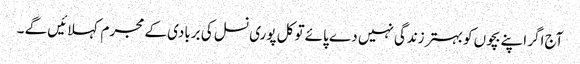
آج اگر اپنے بچوں کو بہتر زندگی نہیں دے پائے تو کل پوری نسل کی بربادی کے مجرم کہلائیں گے ۔